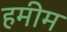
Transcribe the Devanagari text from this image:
हमीम